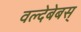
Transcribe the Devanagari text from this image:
वल्देबेबस्